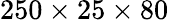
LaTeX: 250\times 25\times 80